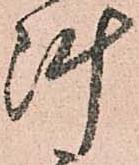
陣